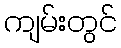
ကျမ်းတွင်